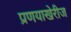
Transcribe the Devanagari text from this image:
प्रणयाखेरीज